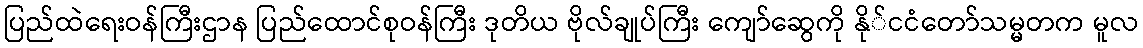
ပြည်ထဲရေးဝန်ကြီးဌာန ပြည်ထောင်စုဝန်ကြီး ဒုတိယ ဗိုလ်ချုပ်ကြီး ကျော်ဆွေကို နို်ငငံတော်သမ္မတက မူလ